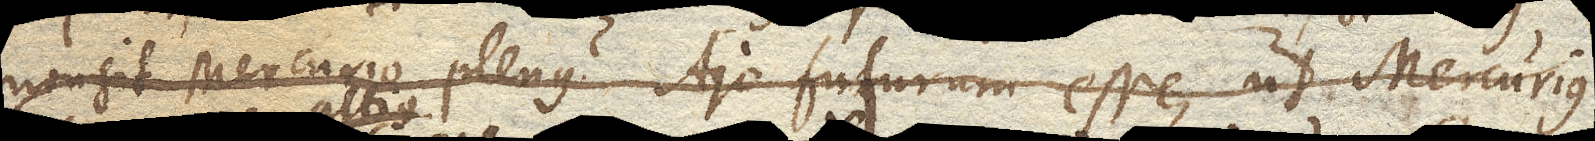
non sit Mercurio plenus? Ajo futurum esse, ut Mercurius